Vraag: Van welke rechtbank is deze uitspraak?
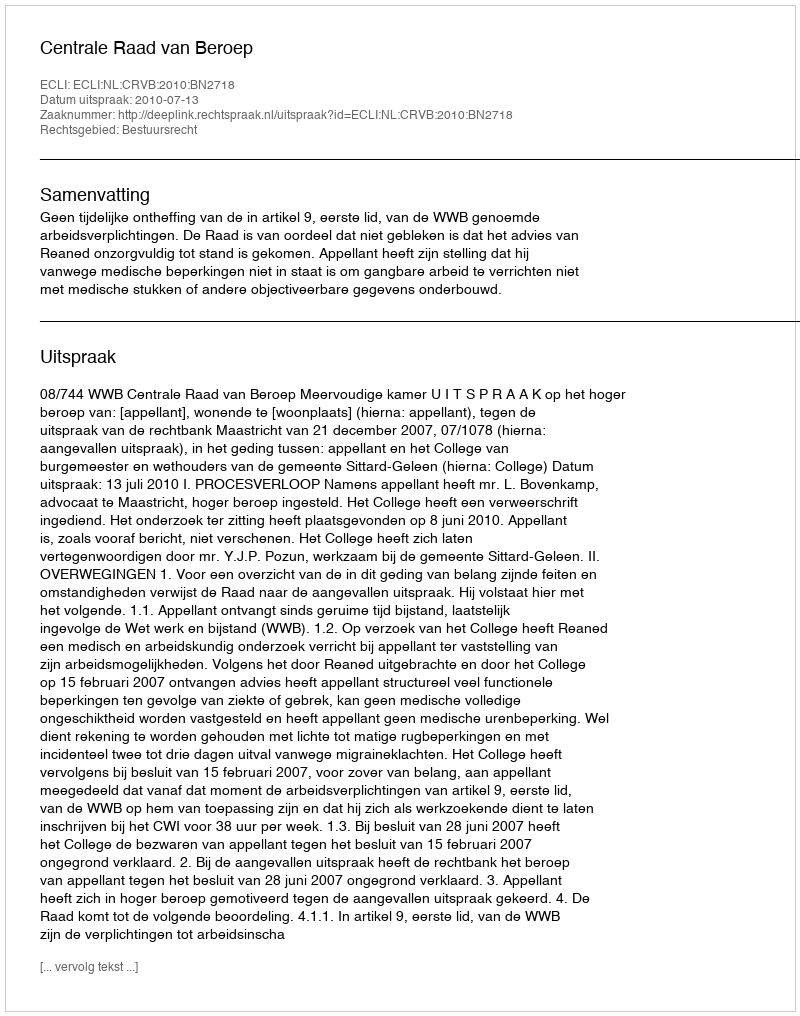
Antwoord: Centrale Raad van Beroep